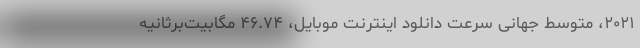
۲۰۲۱، متوسط جهانی سرعت دانلود اینترنت موبایل، ۴۶.۷۴ مگابیت‌برثانیه